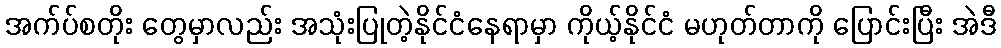
အက်ပ်စတိုး တွေမှာလည်း အသုံးပြုတဲ့နိုင်ငံနေရာမှာ ကိုယ့်နိုင်ငံ မဟုတ်တာကို ပြောင်းပြီး အဲဒီ